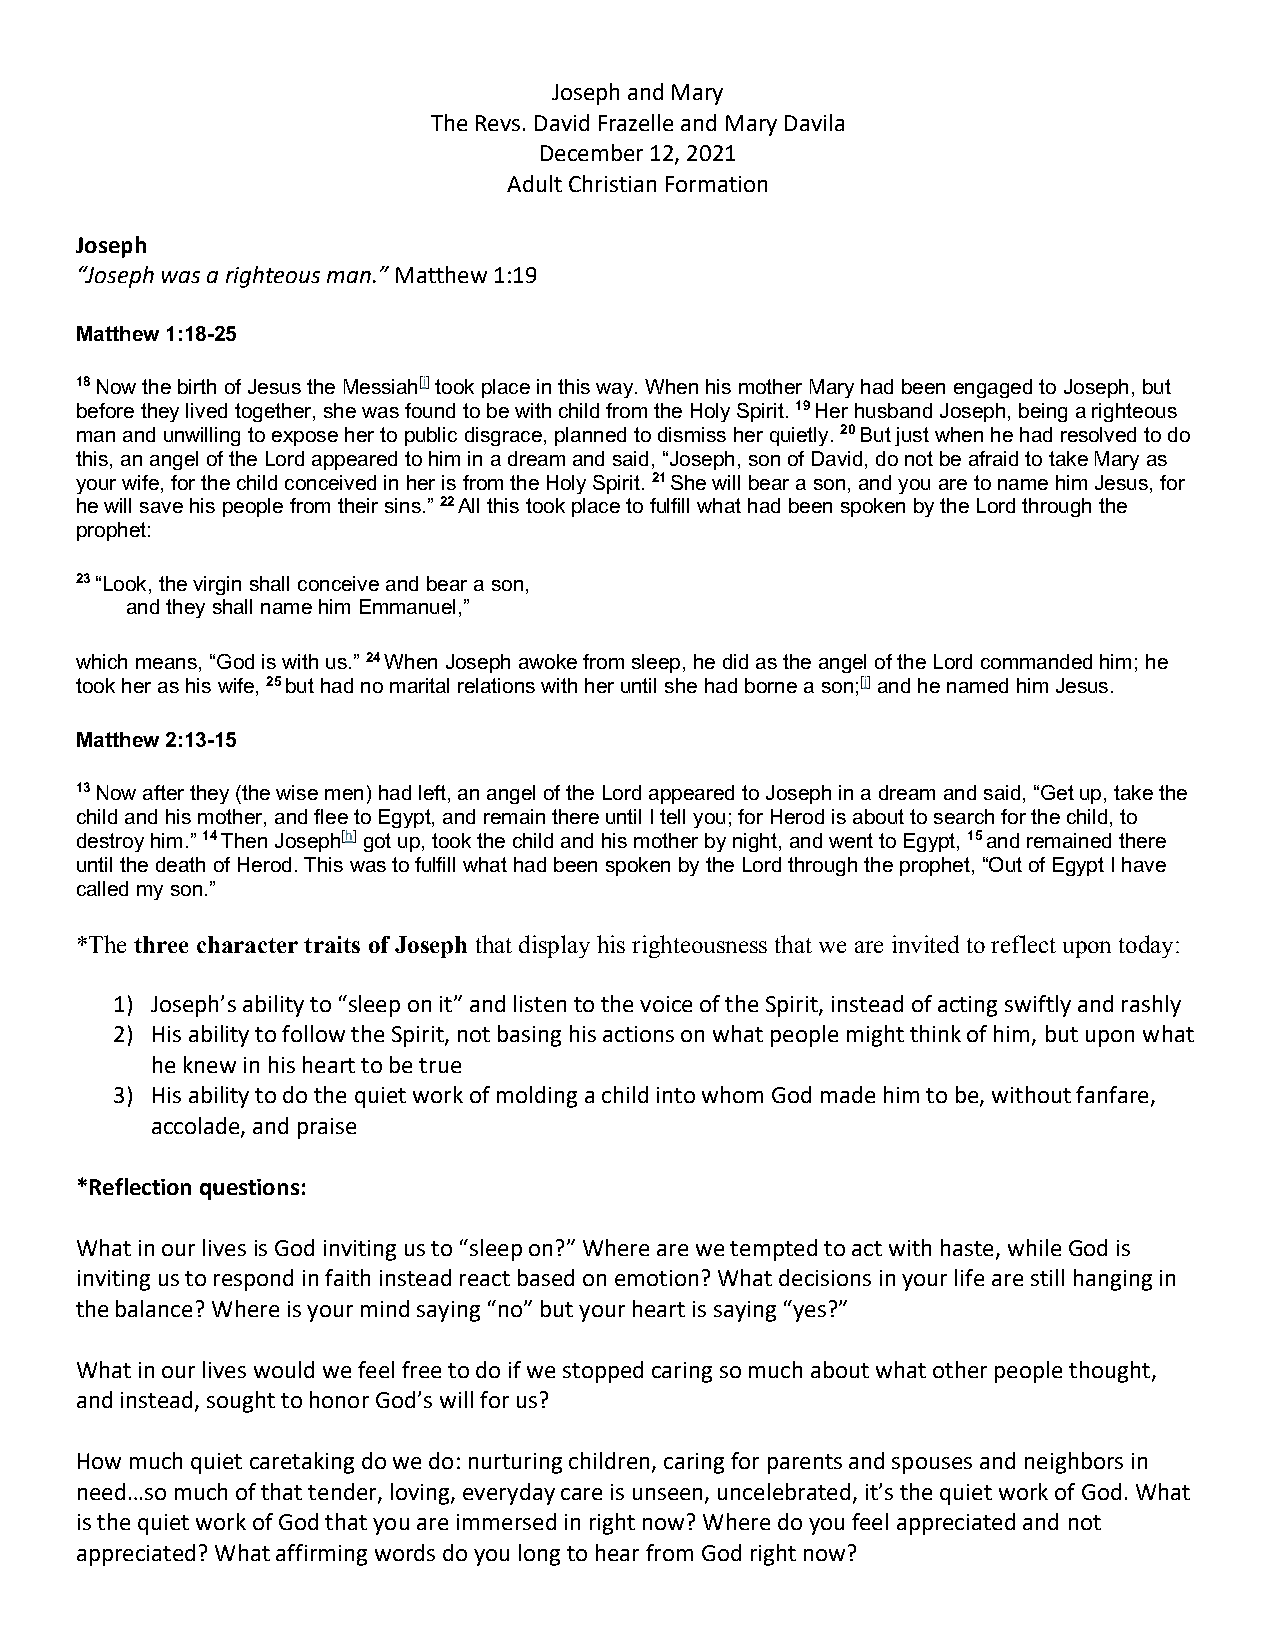
Joseph and Mary
 The Revs. David Frazelle and Mary Davila
 December 12, 2021
 Adult Christian Formation
 Joseph
 “Joseph was a righteous man.” Matthew 1:19
 Matthew 1:18-25
 18 Now the birth of Jesus the Messiah[i] took place in this way. When his mother Mary had been engaged to Joseph, but
 before they lived together, she was found to be with child from the Holy Spirit. 19 Her husband Joseph, being a righteous
 man and unwilling to expose her to public disgrace, planned to dismiss her quietly. 20 But just when he had resolved to do
 this, an angel of the Lord appeared to him in a dream and said, “Joseph, son of David, do not be afraid to take Mary as
 your wife, for the child conceived in her is from the Holy Spirit. 21 She will bear a son, and you are to name him Jesus, for
 he will save his people from their sins.” 22 All this took place to fulfill what had been spoken by the Lord through the
 prophet:
 23 “Look, the virgin shall conceive and bear a son,
 and they shall name him Emmanuel,”
 which means, “God is with us.” 24 When Joseph awoke from sleep, he did as the angel of the Lord commanded him; he
 took her as his wife, 25 but had no marital relations with her until she had borne a son;[j] and he named him Jesus.
 Matthew 2:13-15
 13 Now after they (the wise men) had left, an angel of the Lord appeared to Joseph in a dream and said, “Get up, take the
 child and his mother, and flee to Egypt, and remain there until I tell you; for Herod is about to search for the child, to
 destroy him.” 14 Then Joseph[h] got up, took the child and his mother by night, and went to Egypt, 15 and remained there
 until the death of Herod. This was to fulfill what had been spoken by the Lord through the prophet, “Out of Egypt I have
 called my son.”
 *The three character traits of Joseph that display his righteousness that we are invited to reflect upon today:
 1) Joseph’s ability to “sleep on it” and listen to the voice of the Spirit, instead of acting swiftly and rashly
 2) His ability to follow the Spirit, not basing his actions on what people might think of him, but upon what
 he knew in his heart to be true
 3) His ability to do the quiet work of molding a child into whom God made him to be, without fanfare,
 accolade, and praise
 *Reflection questions:
 What in our lives is God inviting us to “sleep on?” Where are we tempted to act with haste, while God is
 inviting us to respond in faith instead react based on emotion? What decisions in your life are still hanging in
 the balance? Where is your mind saying “no” but your heart is saying “yes?”
 What in our lives would we feel free to do if we stopped caring so much about what other people thought,
 and instead, sought to honor God’s will for us?
 How much quiet caretaking do we do: nurturing children, caring for parents and spouses and neighbors in
 need…so much of that tender, loving, everyday care is unseen, uncelebrated, it’s the quiet work of God. What
 is the quiet work of God that you are immersed in right now? Where do you feel appreciated and not
 appreciated? What affirming words do you long to hear from God right now?